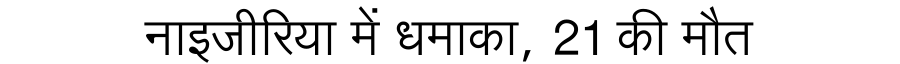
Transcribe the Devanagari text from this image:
नाइजीरिया में धमाका, 21 की मौत